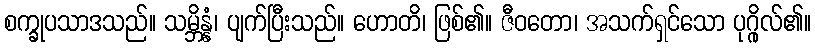
စက္ခုပသာဒသည်။ သမ္ဘိန္နံ၊ ပျက်ပြီးသည်။ ဟောတိ၊ ဖြစ်၏။ ဇီဝတော၊ အသက်ရှင်သော ပုဂ္ဂိုလ်၏။